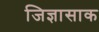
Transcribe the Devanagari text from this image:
जिज्ञासाक